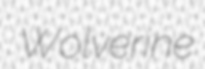
Wolverine